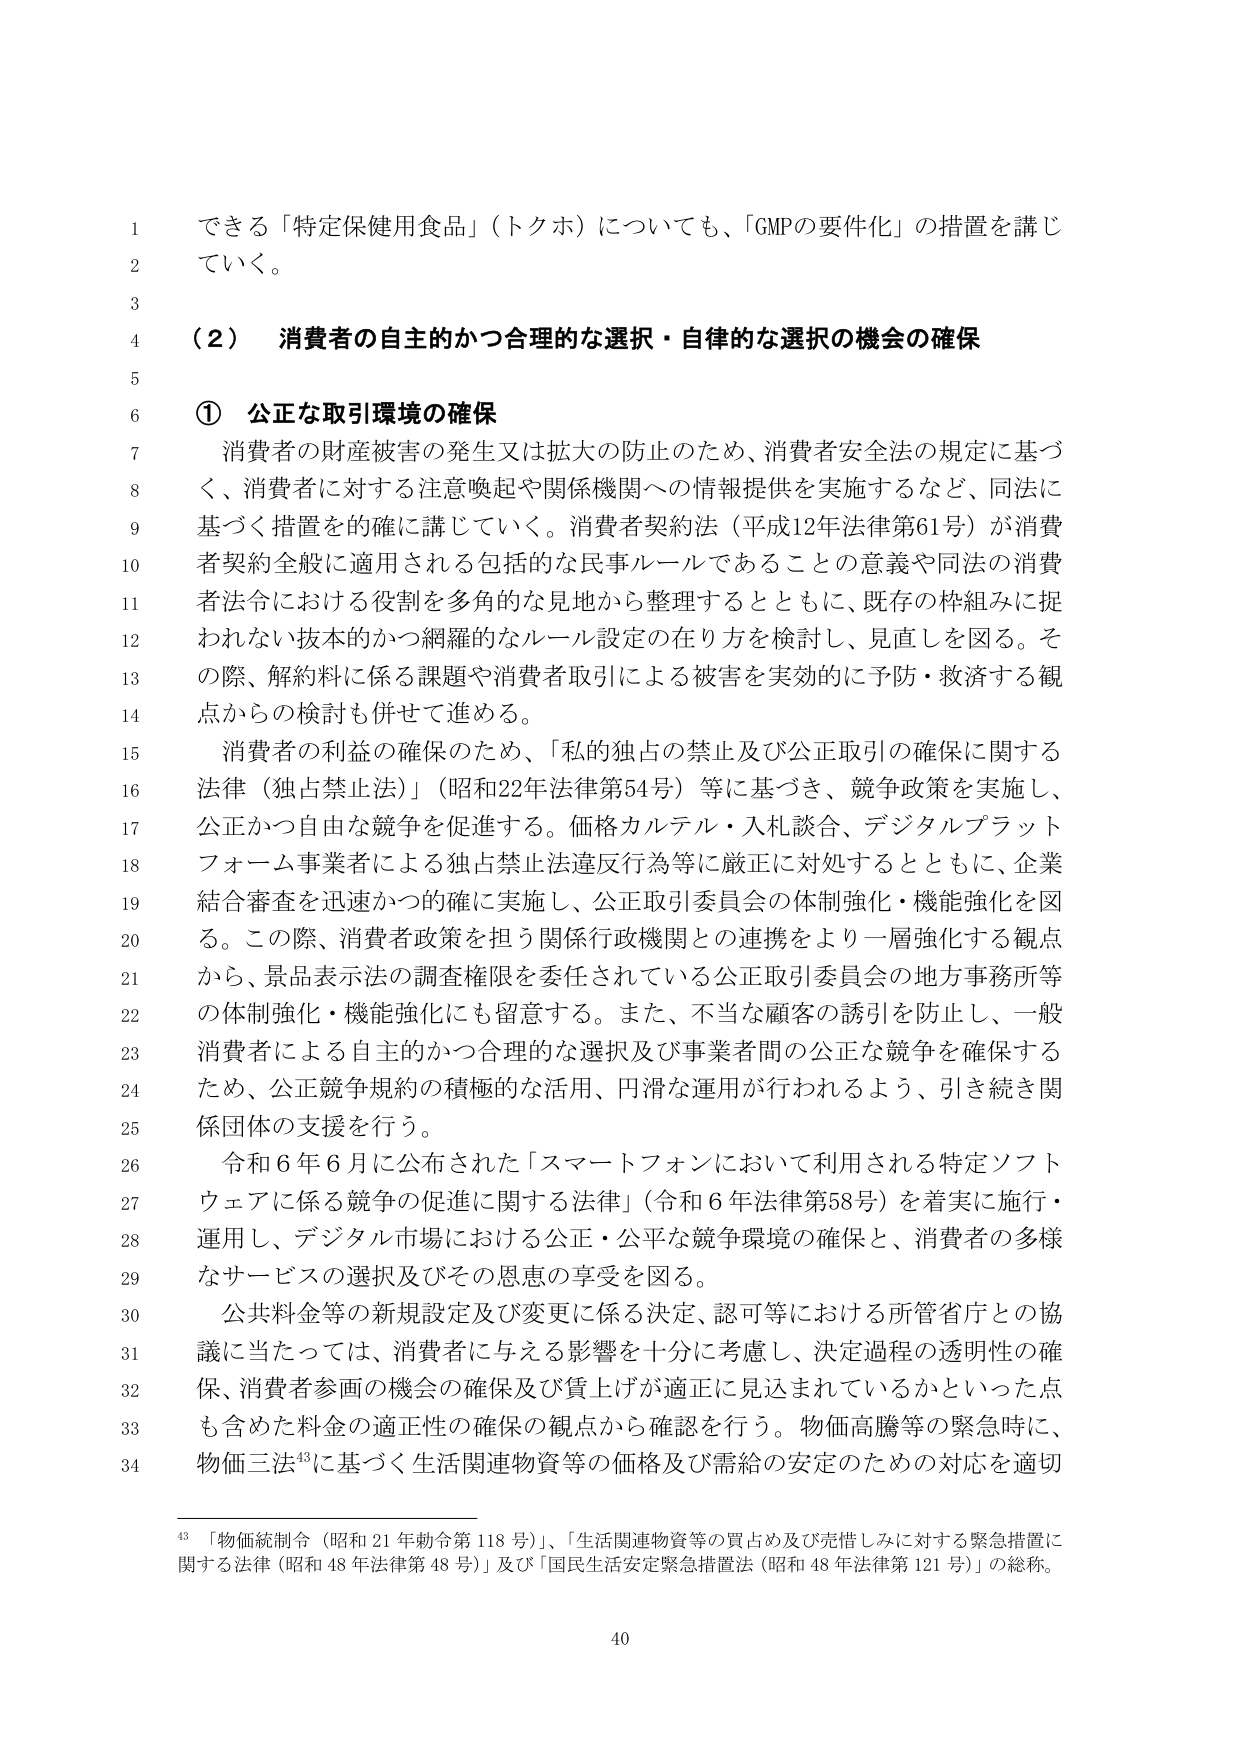
できる「特定保健用食品」（トクホ）についても、「GMPの要件化」の措置を講じていく。

（２） 消費者の自主的かつ合理的な選択・自律的な選択の機会の確保

① 公正な取引環境の確保

消費者の財産被害の発生又は拡大の防止のため、消費者安全法の規定に基づく、消費者に対する注意喚起や関係機関への情報提供を実施するなど、同法に基づく措置を的確に講じていく。消費者契約法（平成12年法律第61号）が消費者契約全般に適用される包括的な民事ルールであることの意義や同法の消費者法令における役割を多角的な見地から整理するとともに、既存の枠組みに捉われない抜本的かつ網羅的なルール設定の在り方を検討し、見直しを図る。その際、解約料に係る課題や消費者取引による被害を実効的に予防・救済する観点からの検討も併せて進める。

消費者の利益の確保のため、「私的独占の禁止及び公正取引の確保に関する法律（独占禁止法）」（昭和22年法律第54号）等に基づき、競争政策を実施し、公正かつ自由な競争を促進する。価格カルテル・入札談合、デジタルプラットフォーム事業者による独占禁止法違反行為等に厳正に対処するとともに、企業結合審査を迅速かつ的確に実施し、公正取引委員会の体制強化・機能強化を図る。この際、消費者政策を担う関係行政機関との連携をより一層強化する観点から、景品表示法の調査権限を委任されている公正取引委員会の地方事務所等の体制強化・機能強化にも留意する。また、不当な顧客の誘引を防止し、一般消費者による自主的かつ合理的な選択及び事業者間の公正な競争を確保するため、公正競争規約の積極的な活用、円滑な運用が行われるよう、引き続き関係団体の支援を行う。

令和6年6月に公布された「スマートフォンにおいて利用される特定ソフトウェアに係る競争の促進に関する法律」（令和6年法律第58号）を着実に施行・運用し、デジタル市場における公正・公平な競争環境の確保と、消費者の多様なサービスの選択及びその恩恵の享受を図る。

公共料金等の新規設定及び変更に係る決定、認可等における所管省庁との協議に当たっては、消費者に与える影響を十分に考慮し、決定過程の透明性の確保、消費者参画の機会の確保及び賃上げが適正に見込まれているかといった点も含めた料金の適正性の確保の観点から確認を行う。物価高騰等の緊急時に、物価三法⁴³に基づく生活関連物資等の価格及び需給の安定のための対応を適切

⁴³ 「物価統制令（昭和21年勅令第118号）」、「生活関連物資等の買占め及び売惜しみに対する緊急措置に関する法律（昭和48年法律第48号）」及び「国民生活安定緊急措置法（昭和48年法律第121号）」の総称。

40